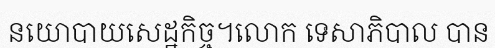
នយោបាយសេដ្ឋកិច្ច។លោក ទេសាភិបាល បាន